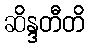
ဆိန္ဒတီတိ